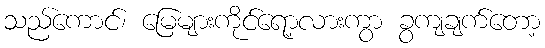
သည်ကောင်၊ မြေများကိုင်ရော့လားကွာ ခွကျချက်တော့